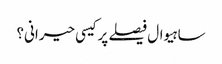
ساہیوال فیصلے پر کیسی حیرانی؟